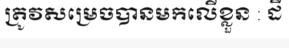
ត្រូវសម្រេចបានមកលើខ្លួន : ដី